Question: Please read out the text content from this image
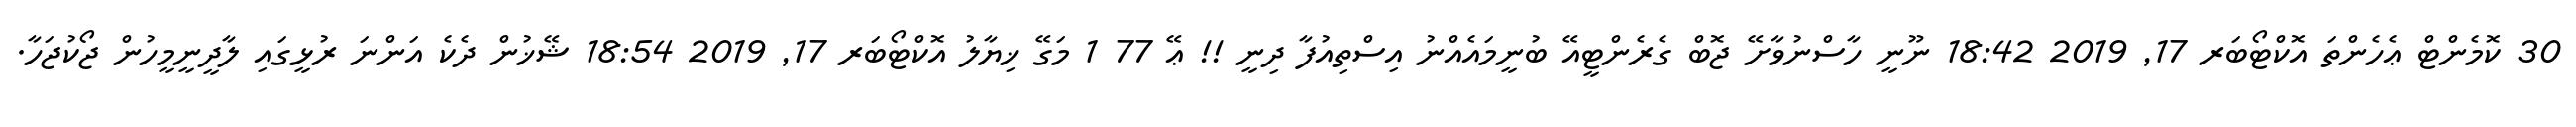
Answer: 30 ކޮމެންޓް ޢެހެންތަ އޮކްޓޯބަރ 17, 2019 18:42 ނޫނީ ހާސްނުވާށޭ ޖޮބް ގެރެންޓީއޭ ބުނީމައެއްނު އިސްތިއުފާ ދިނީ !! ޢޭ 77 1 މަގޭ ޚިޔާލު އޮކްޓޯބަރ 17, 2019 18:54 ޝޭޚުން ދެކެ އަންނަ ރުޅީގައި ލާދީނީމީހުން ޖޯކުޖަހާ.